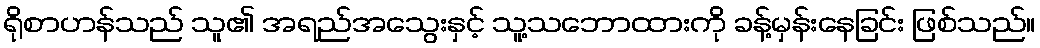
ရိုစာဟန်သည် သူ၏ အရည်အသွေးနှင့် သူ့သဘောထားကို ခန့်မှန်းနေခြင်း ဖြစ်သည်။